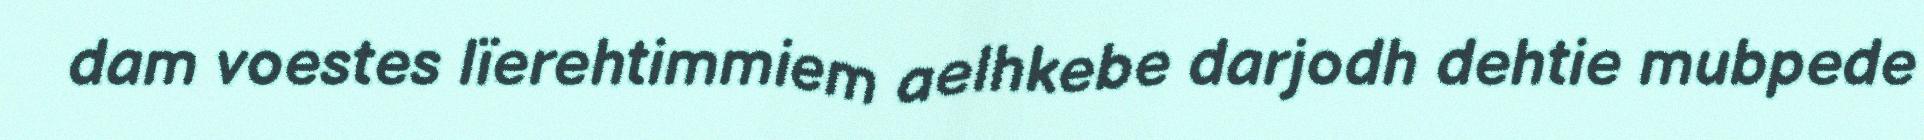
dam voestes lïerehtimmiem aelhkebe darjodh dehtie mubpede